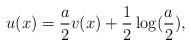
LaTeX: \begin{align*}u(x)=\frac{a}{2}v(x)+\frac{1}{2}\log(\frac{a}{2}),\end{align*}